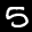
Label: 5